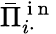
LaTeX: \bar{\Pi}_{i\cdot}^{\mathrm{~i~n~}}